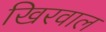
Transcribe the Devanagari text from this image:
खिरवाल